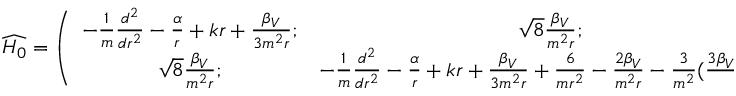
\widehat { H _ { 0 } } = \left( \begin{array} { c c } { { - \frac { 1 } { m } \frac { d ^ { 2 } } { d r ^ { 2 } } - \frac { \alpha } { r } + k r + \frac { \beta _ { V } } { 3 m ^ { 2 } r } ; } } & { { \sqrt { 8 } \frac { \beta _ { V } } { m ^ { 2 } r } ; } } \\ { { \sqrt { 8 } \frac { \beta _ { V } } { m ^ { 2 } r } ; } } & { { - \frac { 1 } { m } \frac { d ^ { 2 } } { d r ^ { 2 } } - \frac { \alpha } { r } + k r + \frac { \beta _ { V } } { 3 m ^ { 2 } r } + \frac { 6 } { m r ^ { 2 } } - \frac { 2 \beta _ { V } } { m ^ { 2 } r } - \frac { 3 } { m ^ { 2 } } ( \frac { 3 \beta _ { V } - \beta _ { S } } { r } ) ; } } \end{array} \right)